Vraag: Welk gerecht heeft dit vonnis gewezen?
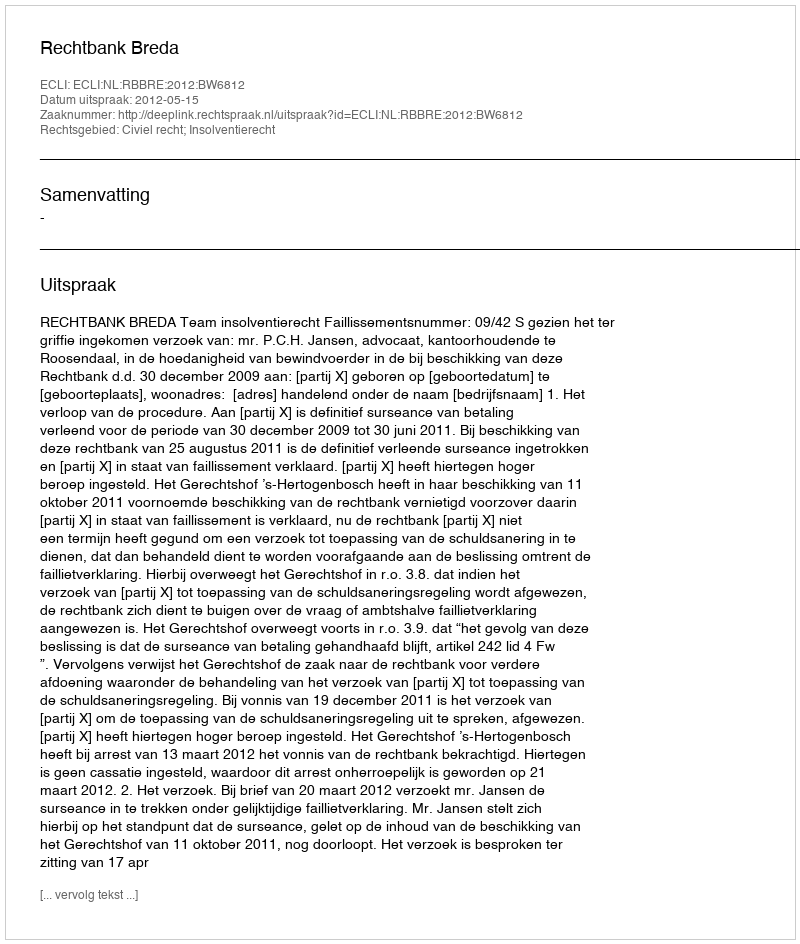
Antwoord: Rechtbank Breda